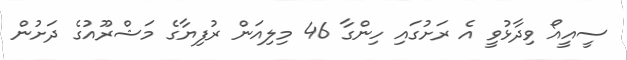
ސީއީއޯ ވިދާޅުވީ އެ ރަށުގައި ހިންގާ 46 މިލިއަން ރުފިޔާގެ މަޝްރޫއުގެ ދަށުން